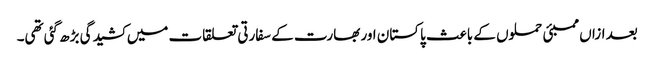
بعد ازاں ممبئی حملوں کے باعث پاکستان اور بھارت کے سفارتی تعلقات میں کشیدگی بڑھ گئی تھی۔